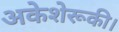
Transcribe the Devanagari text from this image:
अकेशेरूकी।